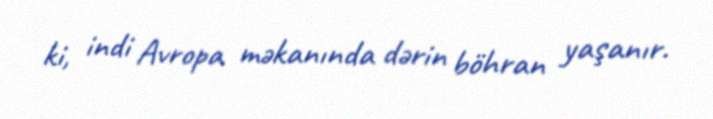
ki, indi Avropa məkanında dərin böhran yaşanır.